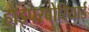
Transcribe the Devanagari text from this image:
हाइपरबोरियाई